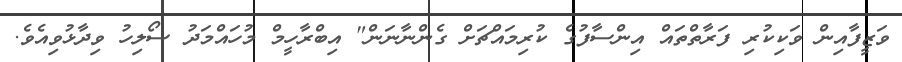
ވަޒީފާއިން ވަކިކުރި ފަރާތްތައް އިންސާފުގެ ކުރިމައްޗަށް ގެންނާނަން" އިބްރާހީމް މުހައްމަދު ސޯލިހު ވިދާޅުވިއެވެ.